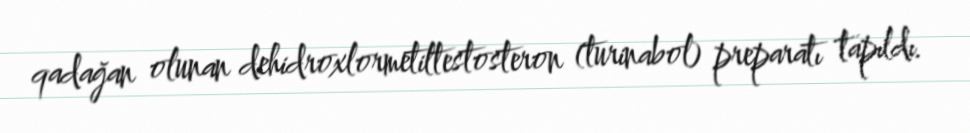
qadağan olunan dehidroxlormetiltestosteron (turinabol) preparatı tapıldı.